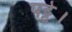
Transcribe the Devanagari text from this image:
पट्टे।